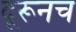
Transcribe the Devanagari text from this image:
दूरूनच